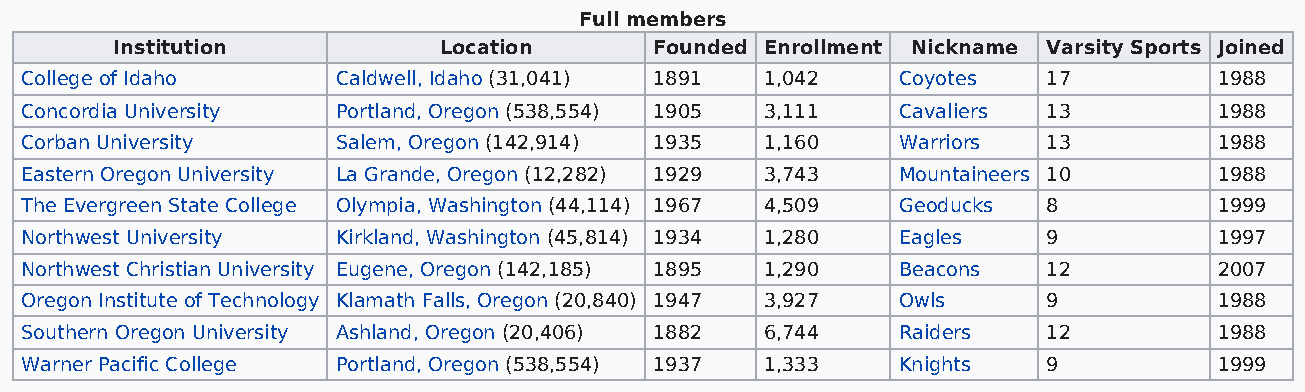
Full members
 Institution           Location      Founded Enrollment Nickname Varsity Sports Joined
 College of Idaho     Caldwell, Idaho (31,041) 1891 1,042  Coyotes   17          1988
 Concordia University Portland, Oregon (538,554) 1905 3,111 Cavaliers 13         1988
 Corban University    Salem, Oregon (142,914) 1935 1,160   Warriors  13          1988
 Eastern Oregon University La Grande, Oregon (12,282) 1929 3,743 Mountaineers 10 1988
 The Evergreen State College Olympia, Washington (44,114) 1967 4,509 Geoducks 8  1999
 Northwest University Kirkland, Washington (45,814) 1934 1,280 Eagles 9          1997
 Northwest Christian University Eugene, Oregon (142,185) 1895 1,290 Beacons 12   2007
 Oregon Institute of Technology Klamath Falls, Oregon (20,840) 1947 3,927 Owls 9 1988
 Southern Oregon University Ashland, Oregon (20,406) 1882 6,744 Raiders 12       1988
 Warner Pacific College Portland, Oregon (538,554) 1937 1,333 Knights 9          1999